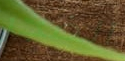
الضجر